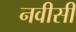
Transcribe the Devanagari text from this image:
नवीसी